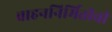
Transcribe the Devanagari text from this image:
वाहननिर्मितीची